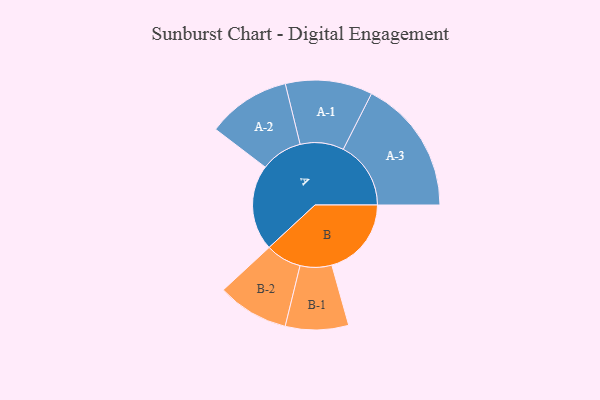
{"axis": {"x": "Segment", "y": "Value"}, "legend": ["", "A", "B"], "data": [{"x": "A", "y": 364, "type": ""}, {"x": "B", "y": 338, "type": ""}, {"x": "A-1", "y": 185, "type": "A"}, {"x": "A-2", "y": 177, "type": "A"}, {"x": "A-3", "y": 287, "type": "A"}, {"x": "B-1", "y": 134, "type": "B"}, {"x": "B-2", "y": 152, "type": "B"}]}